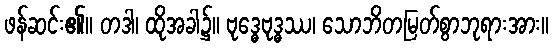
ဖန်ဆင်း၏။ တဒါ၊ ထိုအခါ၌။ ဗုဒ္ဓေဗုဒ္ဓဿ၊ သောဘိတမြတ်စွာဘုရားအား။